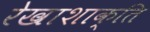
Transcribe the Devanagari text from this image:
रेखाशाक्ति